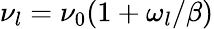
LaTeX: \nu_{l}=\nu_{0}(1+\omega_{l}/\beta)